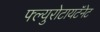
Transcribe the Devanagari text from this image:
फ्ल्युरोटायटॅनेट